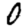
Digit: 0